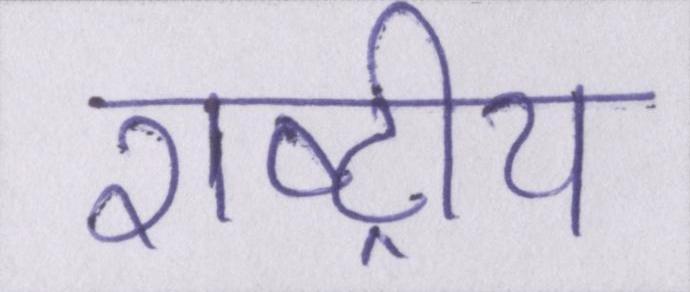
राष्ट्रीय